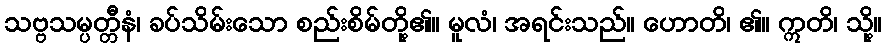
သဗ္ဗသမ္ပတ္တီနံ၊ ခပ်သိမ်းသော စည်းစိမ်တို့၏။ မူလံ၊ အရင်းသည်။ ဟောတိ၊ ၏။ ဣတိ၊ သို့။